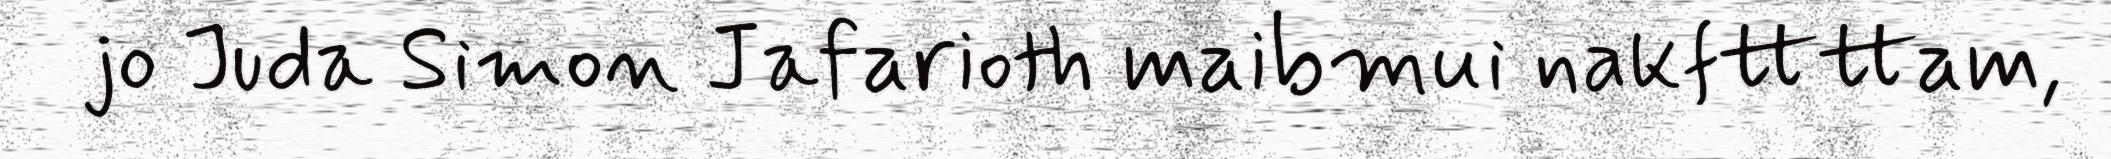
jo Juda Simon Jafarioth maibmui nakfttttam,